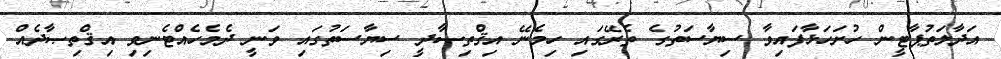
އަދާލަތުޕާޓީން ހުށަހަޅާފައިވާ ސިޔާސަތުގެ ތެރޭގައި ހިމެނޭ އިޤްތިޞާދީ ސިޔާސަތުގައި ވަނީ ދެމެހެއްޓެނިވި އިޤްތިޞާދެއް